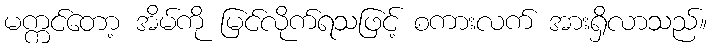
မက္ကင်တော့ အိမ်ကို မြင်လိုက်ရသဖြင့် စကားလက် အားရှိလာသည်။